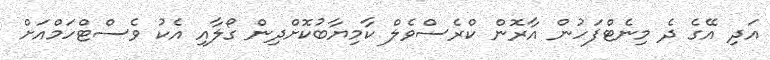
އަދި އޭގެ ދެ މިނެޓްފަހުން އާރޮން ކްރެސްވެލް ކާމިޔާބުކޮށްދިން ގޯލާއި އެކު ވެސްޓްހަމްއަށް